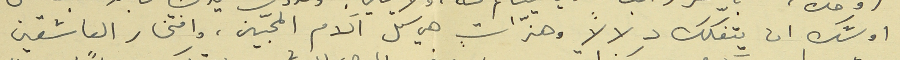
اوشك ان يتفكّك دلالاً وهذّاتٍ هي كل آلام المحبّين، وافتخار العاشقين